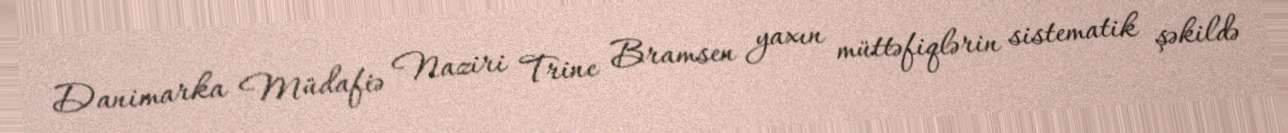
Danimarka Müdafiə Naziri Trine Bramsen yaxın müttəfiqlərin sistematik şəkildə